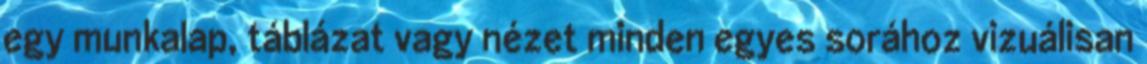
egy munkalap, táblázat vagy nézet minden egyes sorához vizuálisan